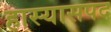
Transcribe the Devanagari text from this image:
हास्यासपद